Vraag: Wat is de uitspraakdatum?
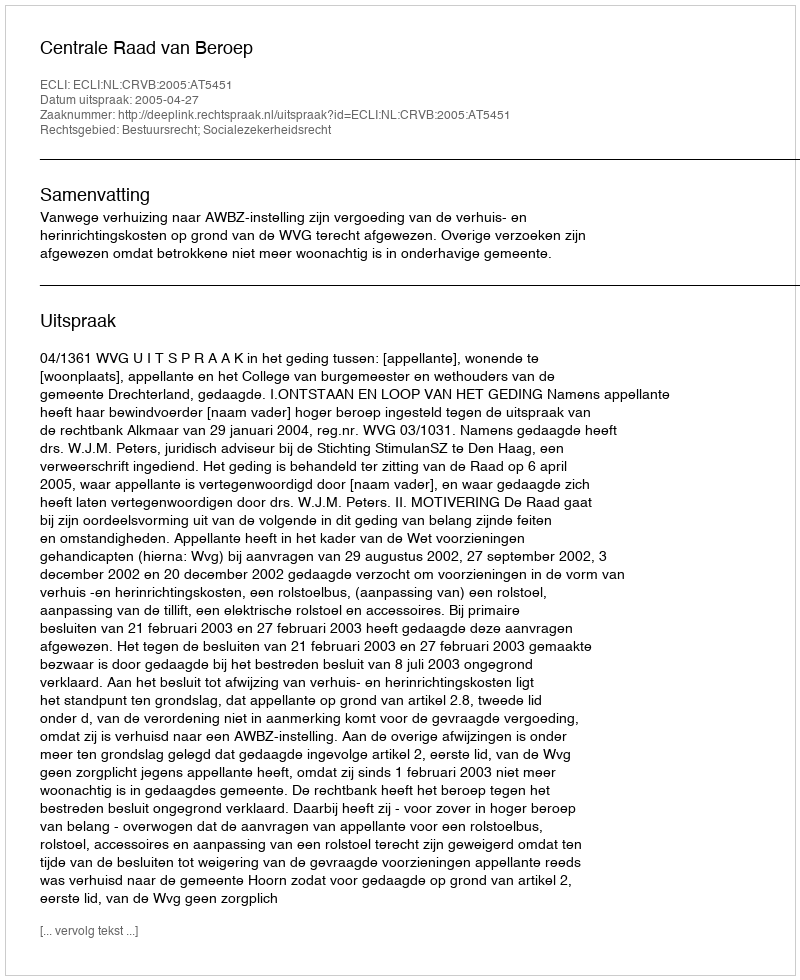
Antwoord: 2005-04-27